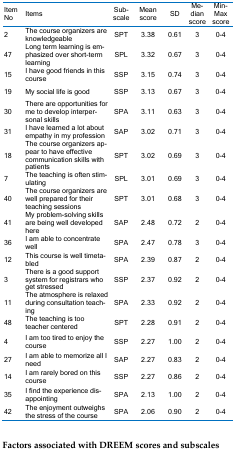
<table><thead><tr><td><b>Item No</b></td><td><b>Items</b></td><td><b>Subscale</b></td><td><b>Mean score</b></td><td><b>SD</b></td><td><b>Median score</b></td><td><b>Min-Max score</b></td></tr></thead><tbody><tr><td>2</td><td>The course organizers are knowledgeable</td><td>SPT</td><td>3.38</td><td>0.61</td><td>3</td><td>0-4</td></tr><tr><td>47</td><td>Long term learning is emphasized over short-term learning</td><td>SPL</td><td>3.32</td><td>0.67</td><td>3</td><td>0-4</td></tr><tr><td>15</td><td>I have good friends in this course</td><td>SSP</td><td>3.15</td><td>0.74</td><td>3</td><td>0-4</td></tr><tr><td>19</td><td>My social life is good</td><td>SSP</td><td>3.13</td><td>0.67</td><td>3</td><td>0-4</td></tr><tr><td>30</td><td>There are opportunities for me to develop interpersonal skills</td><td>SPA</td><td>3.11</td><td>0.63</td><td>3</td><td>0-4</td></tr><tr><td>31</td><td>I have learned a lot about empathy in my profession</td><td>SAP</td><td>3.02</td><td>0.71</td><td>3</td><td>0-4</td></tr><tr><td>18</td><td>The course organizers appear to have effective communication skills with patients</td><td>SPT</td><td>3.02</td><td>0.69</td><td>3</td><td>0-4</td></tr><tr><td>7</td><td>The teaching is often stimulating</td><td>SPL</td><td>3.01</td><td>0.69</td><td>3</td><td>0-4</td></tr><tr><td>40</td><td>The course organizers are well prepared for their teaching sessions</td><td>SPT</td><td>3.01</td><td>0.68</td><td>3</td><td>0-4</td></tr><tr><td>41</td><td>My problem-solving skills are being well developed here</td><td>SAP</td><td>2.48</td><td>0.72</td><td>2</td><td>0-4</td></tr><tr><td>36</td><td>I am able to concentrate well</td><td>SPA</td><td>2.47</td><td>0.78</td><td>3</td><td>0-4</td></tr><tr><td>12</td><td>This course is well timetabled</td><td>SPA</td><td>2.39</td><td>0.87</td><td>2</td><td>0-4</td></tr><tr><td>3</td><td>There is a good support system for registrars who get stressed</td><td>SSP</td><td>2.37</td><td>0.92</td><td>2</td><td>0-4</td></tr><tr><td>11</td><td>The atmosphere is relaxed during consultation teaching</td><td>SPA</td><td>2.33</td><td>0.92</td><td>2</td><td>0-4</td></tr><tr><td>48</td><td>The teaching is too teacher centered</td><td>SPT</td><td>2.28</td><td>0.91</td><td>2</td><td>0-4</td></tr><tr><td>4</td><td>I am too tired to enjoy the course</td><td>SSP</td><td>2.27</td><td>1.00</td><td>2</td><td>0-4</td></tr><tr><td>27</td><td>I am able to memorize all I need</td><td>SAP</td><td>2.27</td><td>0.83</td><td>2</td><td>0-4</td></tr><tr><td>14</td><td>I am rarely bored on this course</td><td>SSP</td><td>2.27</td><td>0.86</td><td>2</td><td>0-4</td></tr><tr><td>35</td><td>I find the experience disappointing</td><td>SPA</td><td>2.13</td><td>1.00</td><td>2</td><td>0-4</td></tr><tr><td>42</td><td>The enjoyment outweighs the stress of the course</td><td>SPA</td><td>2.06</td><td>0.90</td><td>2</td><td>0-4</td></tr></tbody></table>